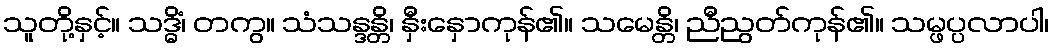
သူတို့နှင့်။ သဒ္ဓိံ၊ တကွ။ သံသန္ဒန္တိ၊ နှီးနှောကုန်၏။ သမေန္တိ၊ ညီညွတ်ကုန်၏။ သမ္ဖပ္ပလာပါ၊